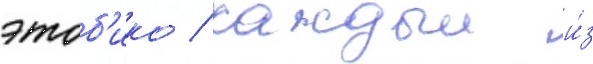
этоб'ико / каждыи и́з